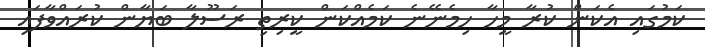
ކަމުގައި އެކަން ކުރާ މީހާ ހިމެނޭނެ ކަމެއްކަން ކީރިތި ރަސޫލާ ބަޔާން ކުރައްވާފައި